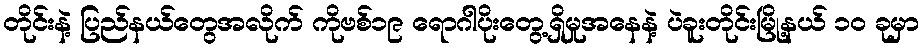
တိုင်းနဲ့ ပြည်နယ်တွေအလိုက် ကိုဗစ်၁၉ ရောဂါပိုးတွေ့ရှိမှုအနေနဲ့ ပဲခူးတိုင်းမြို့နယ် ၁၀ ခုမှာ